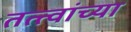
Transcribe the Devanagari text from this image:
तत्‍त्वांच्या